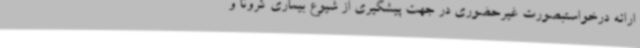
ارائه درخواستبصورت غیرحضوری در جهت پیشگیری از شیوع بیماری کرونا و